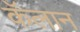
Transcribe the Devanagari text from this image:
कॅलान